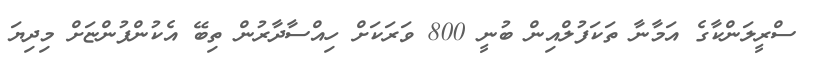
ސްރީލަންކާގެ އަމާނާ ތަކަފުލްއިން ބުނީ 800 ވަރަކަށް ހިއްސާދާރުން ތިބޭ އެކުންފުންޏަށް މިދިޔަ